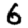
Digit: 6